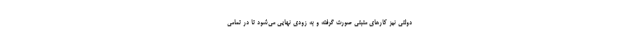
دولتی نیز کارهای مثبتی صورت گرفته و به زودی نهایی می‌شود تا در تمامی